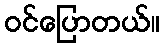
ဝင်ပြောတယ်။